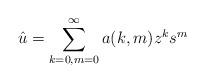
LaTeX: \begin{align*}{\hat u}=\sum_{k=0,m=0}^{\infty}a(k,m)z^ks^{m}\end{align*}